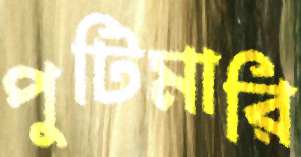
পুটিমারি